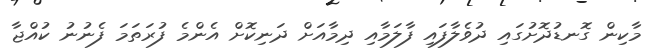
މާކިން ގޮނޑުދޮށުގައި ދުވެލާފައި ފާލަމާއި ދިމާއަށް ދަނިކޮށް އެންމެ ފުރަތަމަ ފެނުނު ކުއްޖާ